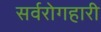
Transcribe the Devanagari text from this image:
सर्वरोगहारी